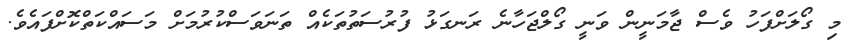
މި ގޯލަށްފަހު ވެސް ޖާމަނީން ވަނީ ގޯލްޖަހާނެ ރަނގަޅު ފުރުސަތުތަކެއް ތަނަވަސްކުރުމަށް މަސައްކަތްކޮށްފައެވެ.